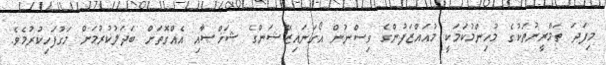
މިފަދަ ތަމްރީނުތަކުގެ މުހިންމުކަމަކީ މުއައްޒަފުންގެ ވިސްނުން އޯގަނައިޒޭޝަންގެ ޝަޚްޞާއި އެއްގޮތަށް ބަދަލުކުރުމަށް މަގުފަހިކުރުމެވެ.